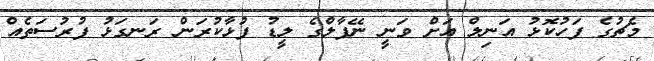
މެޗުގެ ފަހުކޮޅު އަނިލް އަށް ވަނީ ނޭޕާލްގެ ލީޑު ފުޅާކުރަން ރަނގަޅު ފުރުސަތެއް